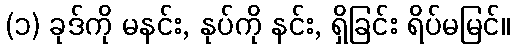
(၁) ခုဒ်ကို မနင်း, နုပ်ကို နင်း, ရှိခြင်း ရိပ်မမြင်။